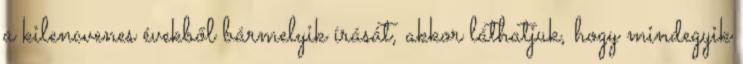
a kilencvenes évekből bármelyik írását, akkor láthatjuk, hogy mindegyik